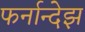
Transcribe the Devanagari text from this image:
फर्नान्देझ